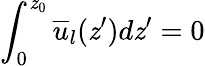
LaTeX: \int_{0}^{\mathit{z}_{0}}\overline{{{u}}}_{l}(\mathit{z}^{\prime})d\mathit{z}^{\prime}=0